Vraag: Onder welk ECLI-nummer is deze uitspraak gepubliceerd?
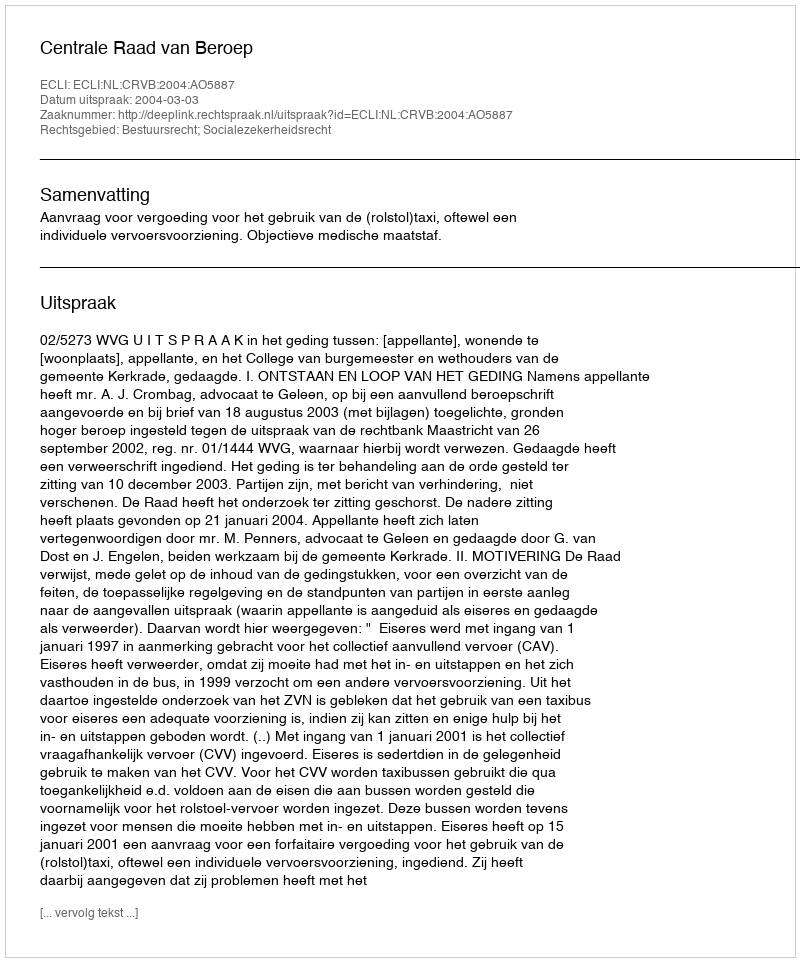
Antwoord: ECLI:NL:CRVB:2004:AO5887